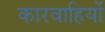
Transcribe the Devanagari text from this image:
कारवाहियों